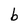
Character: b